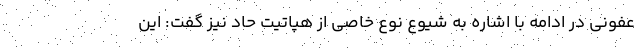
عفونی در ادامه با اشاره به شیوع نوع خاصی از هپاتیت حاد نیز گفت: این